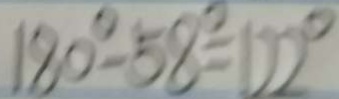
1 8 0 ^ { \circ } - 5 8 ^ { \circ } = 1 2 2 ^ { \circ }